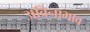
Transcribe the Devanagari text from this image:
अविनाभाव